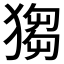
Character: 𤠮